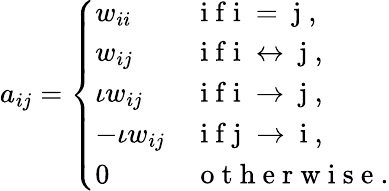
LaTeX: a_{ij}=\left\{ \begin{array}{ll}{w_{ii}}&{\mathrm{~i~f~i~=~j~},}\\ {w_{ij}}&{\mathrm{~i~f~i~\leftrightarrow~j~},}\\ {\iota w_{ij}}&{\mathrm{~i~f~i~\rightarrow~j~},}\\ {-\iota w_{ij}}&{\mathrm{~i~f~j~\rightarrow~i~},}\\ {0}&{\mathrm{~o~t~h~e~r~w~i~s~e~}.}\end{array}\right.